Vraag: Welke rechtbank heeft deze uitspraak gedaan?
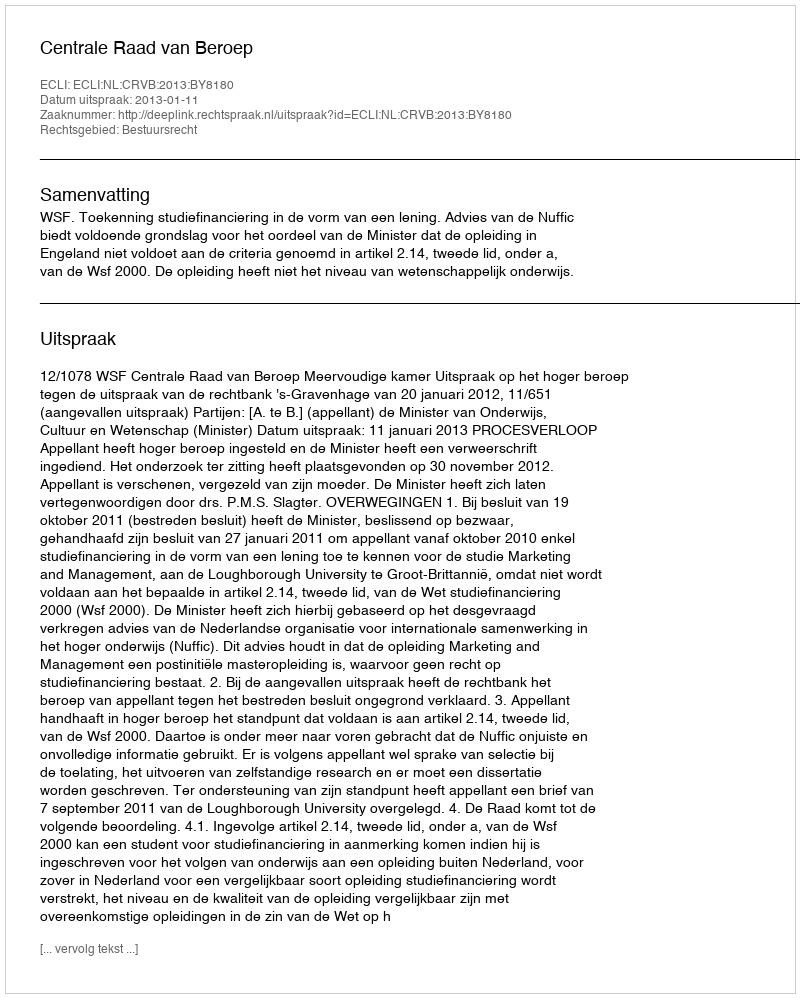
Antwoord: Centrale Raad van Beroep